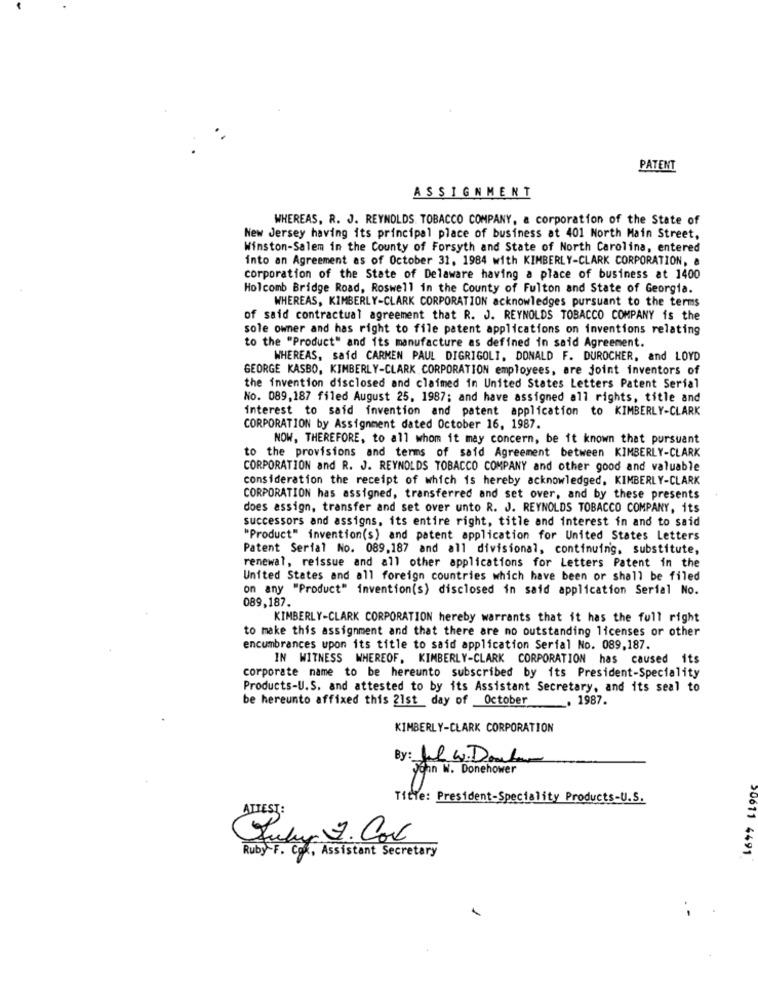
PATENT
ASSIGNMENT
WHEREAS. R. J. REYNOLDS TOBACCO COMPANY, a corporation of the State of
New Jersey having its principal place of business at 401 North Main Street,
Winston-Salem in the County of Forsyth and State of North Carolina, entered
into an Agreement as of October 31, 1984 with KIMBERLY-CLARK CORPORATION, &
corporation of the State of Delaware having a place of business at 1400
Holcomb Bridge Road, Roswell in the County of Fulton and State of Georgia.
WHEREAS, KIMBERLY-CLARK CORPORATION acknowledges pursuant to the terms
of said contractual agreement that R. J. REYNOLDS TOBACCO COMPANY is the
sole owner and has right to file patent applications on inventions relating
to the "Product" and its manufacture as defined in said Agreement.
WHEREAS, said CARMEN PAUL DIGRIGOLI, DONALD F. DUROCHER, and LOYD
GEORGE KASBO, KIMBERLY-CLARK CORPORATION employees, are joint inventors of
the invention disclosed and claimed in United States Letters Patent Serial
No. 089,187 filed August 25, 1987; and have assigned all rights, title and
interest to said invention and patent application to KIMBERLY-CLARK
CORPORATION by Assignment dated October 16, 1987.
NOW, THEREFORE, to all whom it may concern, be it known that pursuant
to the provisions and terms of said Agreement between KIMBERLY-CLARK
CORPORATION and R. J. REYNOLDS TOBACCO COMPANY and other good and valuable
consideration the receipt of which is hereby acknowledged, KIMBERLY-CLARK
CORPORATION has assigned, transferred and set over, and by these presents
does assign, transfer and set over unto R. J. REYNOLDS TOBACCO COMPANY, its
successors and assigns, its entire right, title and interest in and to said
"Product" invention(s) and patent application for United States Letters
Patent Serial No. 089,187 and all divisional, continuing, substitute,
renewal, reissue and all other applications for Letters Patent in the
United States and all foreign countries which have been or shall be filed
on any "Product" invention(s) disclosed in said application Serial No.
089,187.
KIMBERLY-CLARK CORPORATION hereby warrants that it has the full right
to make this assignment and that there are no outstanding licenses or other
encumbrances upon its title to said application Serial No. 089,187.
IN WITNESS WHEREOF, KIMBERLY-CLARK CORPORATION has caused its
corporate name to be hereunto subscribed by its President-Speciality
Products-U.S. and attested to by its Assistant Secretary, and its seal to
be hereunto affixed this 21st day of October
. 1987.
KIMBERLY-CLARK CORPORATION
By: Jul. W.Doutor
John W. Donehower
Title: President-Speciality Products-U.S.
ATTEST:
30011 4491
Ruby-F. Com, Assistant Secretary